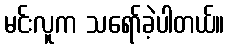
မင်းလူက သရော်ခဲ့ပါတယ်။